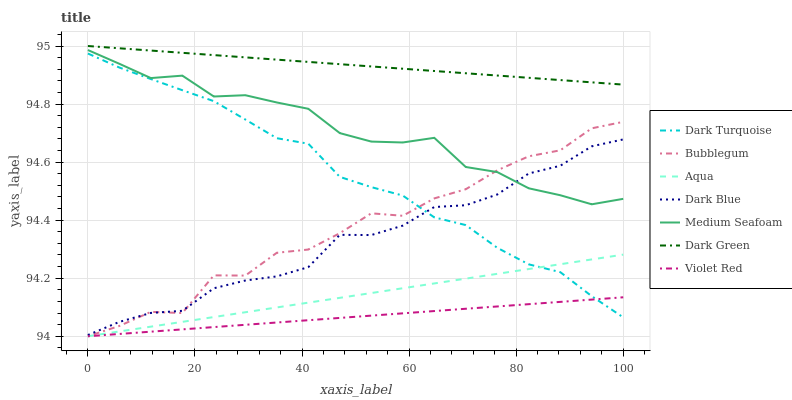
| xaxis_label | Dark Turquoise | Bubblegum | Aqua | Dark Blue | Medium Seafoam | Dark Green | Violet Red |
 | --- | --- | --- | --- | --- | --- | --- | --- |
 | 0 | 95 | 94 | 94 | 94 | 95 | 95 | 94 |
 | 5.88 | 94.9 | 94 | 94 | 94 | 94.9 | 95 | 94 |
 | 11.8 | 94.9 | 94.1 | 94 | 94.1 | 94.9 | 95 | 94 |
 | 17.6 | 94.8 | 94.1 | 94 | 94.1 | 94.9 | 95 | 94 |
 | 23.5 | 94.8 | 94.2 | 94.1 | 94.2 | 94.8 | 95 | 94 |
 | 29.4 | 94.7 | 94.2 | 94.1 | 94.2 | 94.8 | 95 | 94 |
 | 35.3 | 94.7 | 94.3 | 94.1 | 94.2 | 94.8 | 95 | 94 |
 | 41.2 | 94.7 | 94.3 | 94.1 | 94.2 | 94.8 | 94.9 | 94.1 |
 | 47.1 | 94.5 | 94.4 | 94.1 | 94.3 | 94.7 | 94.9 | 94.1 |
 | 52.9 | 94.5 | 94.4 | 94.1 | 94.3 | 94.7 | 94.9 | 94.1 |
 | 58.8 | 94.5 | 94.4 | 94.2 | 94.4 | 94.7 | 94.9 | 94.1 |
 | 64.7 | 94.4 | 94.5 | 94.2 | 94.4 | 94.7 | 94.9 | 94.1 |
 | 70.6 | 94.4 | 94.5 | 94.2 | 94.5 | 94.6 | 94.9 | 94.1 |
 | 76.5 | 94.3 | 94.6 | 94.2 | 94.5 | 94.6 | 94.9 | 94.1 |
 | 82.4 | 94.2 | 94.6 | 94.2 | 94.6 | 94.5 | 94.9 | 94.1 |
 | 88.2 | 94.2 | 94.6 | 94.2 | 94.6 | 94.5 | 94.9 | 94.1 |
 | 94.1 | 94.1 | 94.7 | 94.3 | 94.7 | 94.5 | 94.9 | 94.1 |
 | 100 | 94.1 | 94.7 | 94.3 | 94.7 | 94.5 | 94.9 | 94.1 |